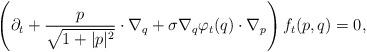
LaTeX: \begin{align*}\left(\partial_t + \frac{p}{\sqrt{1+\lvert p \rvert^2}} \cdot \nabla_q + \sigma \nabla_q\varphi_t(q) \cdot \nabla_p \right)f_t(p,q)=0,\end{align*}